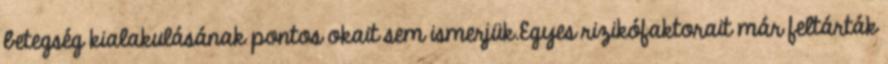
betegség kialakulásának pontos okait sem ismerjük.Egyes rizikófaktorait már feltárták